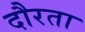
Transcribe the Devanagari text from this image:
दौरता